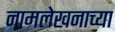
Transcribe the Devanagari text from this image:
नामलेखनाच्या